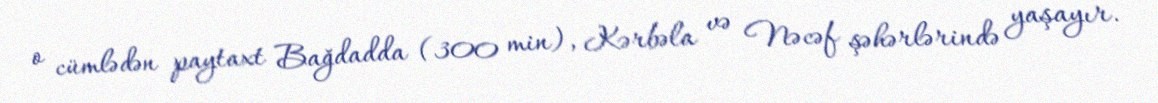
o cümlədən paytaxt Bağdadda (300 min), Kərbəla və Nəcəf şəhərlərində yaşayır.